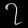
Digit: ၇